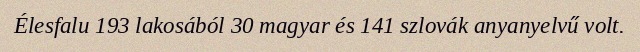
Élesfalu 193 lakosából 30 magyar és 141 szlovák anyanyelvű volt.